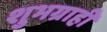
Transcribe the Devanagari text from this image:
शुभग्राही